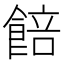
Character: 餢